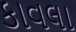
કાવલા